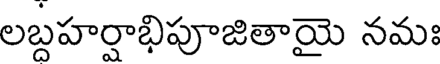
లబ్దహర్షాభిపూజితాయై నమః